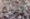
وسبع